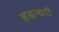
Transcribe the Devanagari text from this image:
हसन्घरी